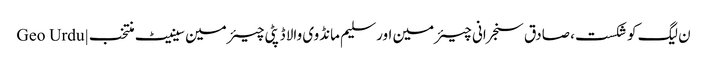
ن لیگ کو شکست، صادق سنجرانی چیئرمین اور سلیم مانڈوی والا ڈپٹی چیئرمین سینیٹ منتخب | Geo Urdu